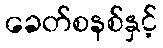
ခေတ်စနစ်နှင့်